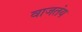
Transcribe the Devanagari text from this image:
वाजतंय